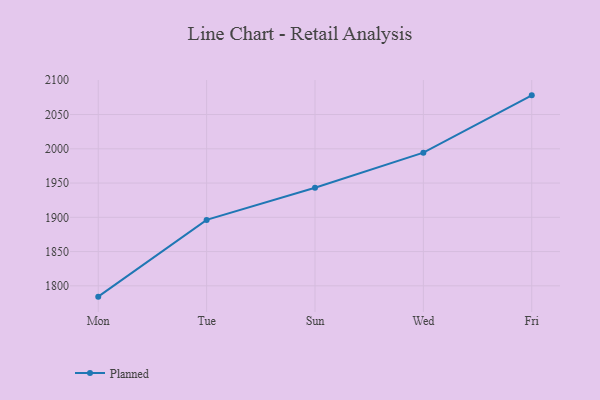
{"axis": {"x": "Day", "y": "Gross Profit (USD K)"}, "legend": ["Planned"], "data": [{"x": "Mon", "y": 1784.2, "type": "Planned"}, {"x": "Tue", "y": 1896.2, "type": "Planned"}, {"x": "Sun", "y": 1943.1, "type": "Planned"}, {"x": "Wed", "y": 1994.3, "type": "Planned"}, {"x": "Fri", "y": 2078.0, "type": "Planned"}]}